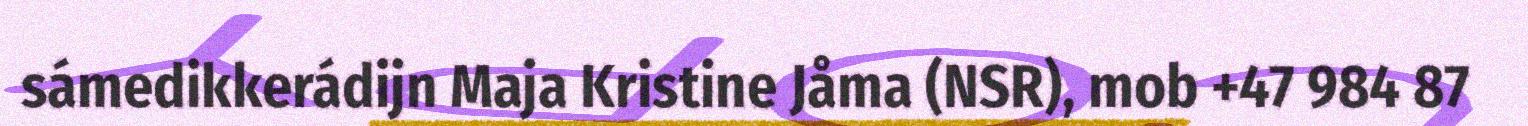
sámedikkerádijn Maja Kristine Jåma (NSR), mob +47 984 87